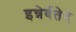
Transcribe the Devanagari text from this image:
इन्नेर्वतेद